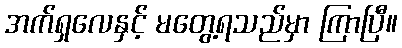
အက်ရှလေနှင့် မတွေ့ရသည်မှာ ကြာပြီ။